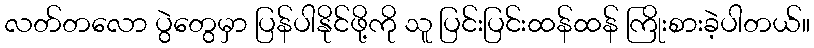
လတ်တလော ပွဲတွေမှာ ပြန်ပါနိုင်ဖို့ကို သူ ပြင်းပြင်းထန်ထန် ကြိုးစားခဲ့ပါတယ်။